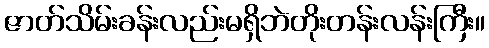
ဇာတ်သိမ်းခန်းလည်းမရှိဘဲတိုးတန်းလန်းကြီး။